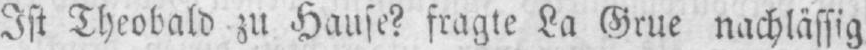
Ist Theobald zu Hause? fragte La Grue nachlässig